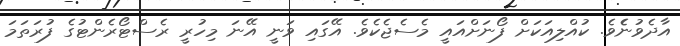
އާދެވުނެެވެ. ކުއްލިއަކަށް ފޯނަށްއައީ މެސެޖެކެވެ. އޭގައި ވަނީ އޭނަ މިހުރީ ރެސްޓޯރެންޓުގެ ފުރަތަމަ